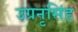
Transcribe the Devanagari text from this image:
उग्रनृसिंह